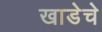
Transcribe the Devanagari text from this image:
खाडेचे